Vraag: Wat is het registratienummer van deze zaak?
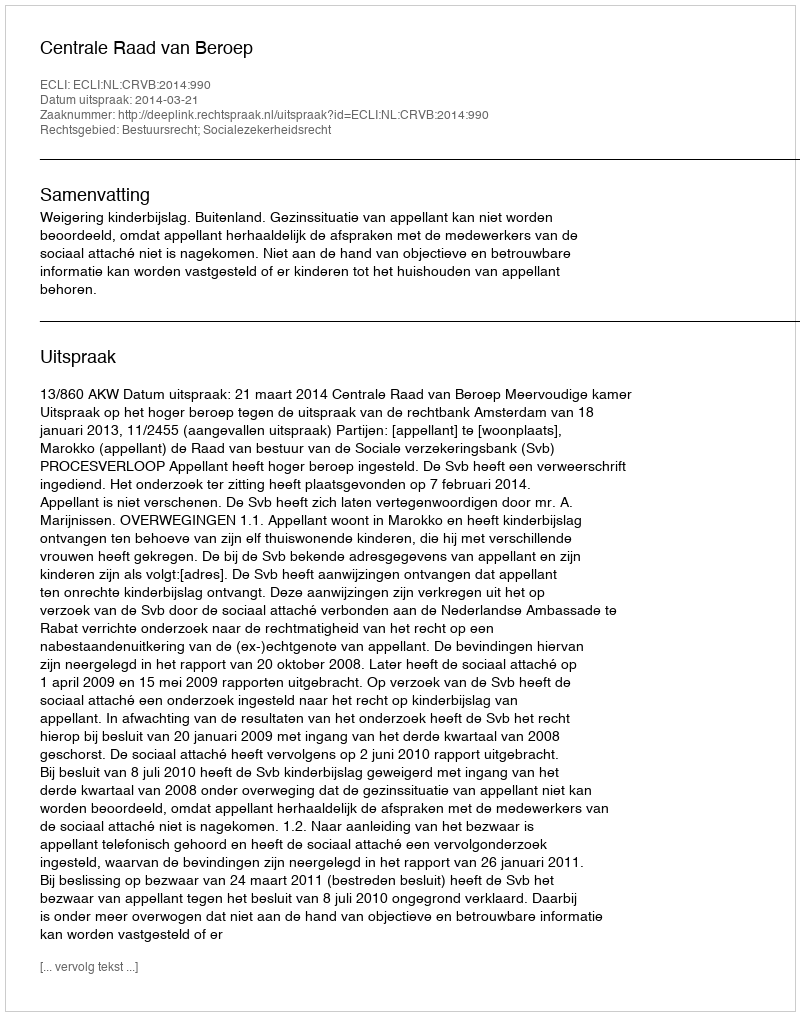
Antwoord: http://deeplink.rechtspraak.nl/uitspraak?id=ECLI:NL:CRVB:2014:990